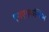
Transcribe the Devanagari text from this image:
एमएसकन्फिग